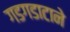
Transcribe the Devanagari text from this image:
गडगडाटाने